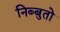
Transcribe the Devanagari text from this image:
निब्बुतो